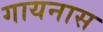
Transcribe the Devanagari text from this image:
गायनास